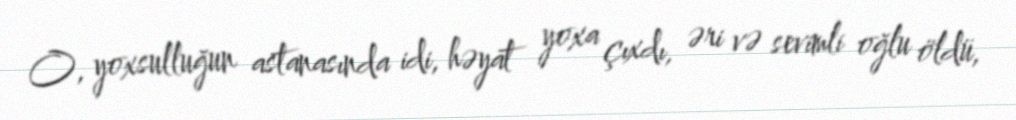
O, yoxsulluğun astanasında idi, həyat yoxa çıxdı, əri və sevimli oğlu öldü,